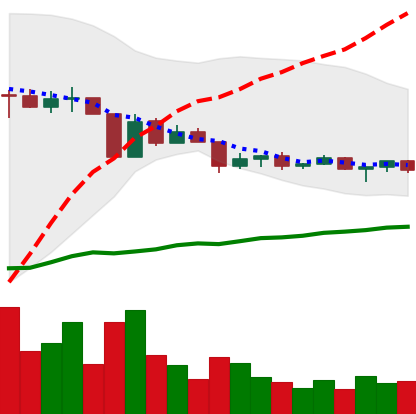
Ticker: ETC-USD
Chart end date: 2022-04-20
Forward return: -7.873%
Label: down_7plus